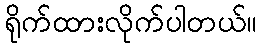
ရိုက်ထားလိုက်ပါတယ်။